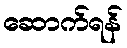
ဆောက်ရန်